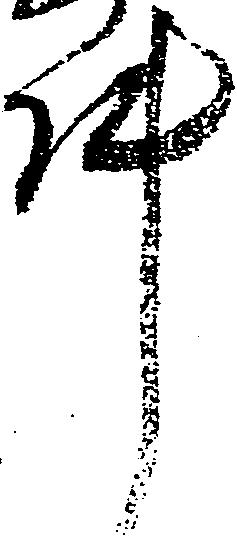
件